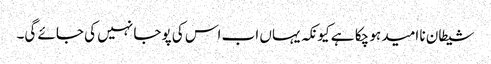
شیطان نا امید ہو چکا ہے کیونکہ یہاں اب اس کی پوجا نہیں کی جائے گی۔